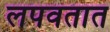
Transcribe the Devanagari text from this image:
लपवतात